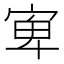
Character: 𱚋